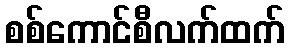
စစ်ကောင်စီလက်ထက်